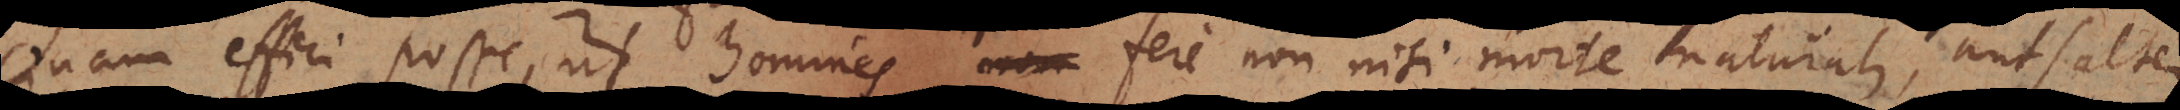
cinam effici posse, ut homines non fere non nisi morte naturali, aut saltem